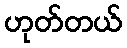
ဟုတ်တယ်